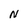
Character: N